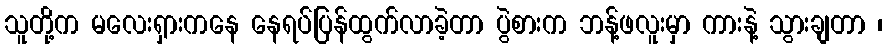
သူတို့က မလေးရှားကနေ နေရပ်ပြန်ထွက်လာခဲ့တာ ပွဲစားက ဘန့်ဖလူးမှာ ကားနဲ့ သွားချတာ ၊